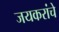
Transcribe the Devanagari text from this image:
जयकरांचे